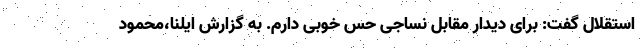
استقلال گفت: برای دیدار مقابل نساجی حس خوبی دارم. به گزارش ایلنا،محمود